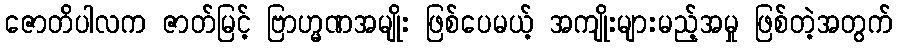
ဇောတိပါလက ဇာတ်မြင့် ဗြာဟ္မဏအမျိုး ဖြစ်ပေမယ့် အကျိုးများမည့်အမှု ဖြစ်တဲ့အတွက်